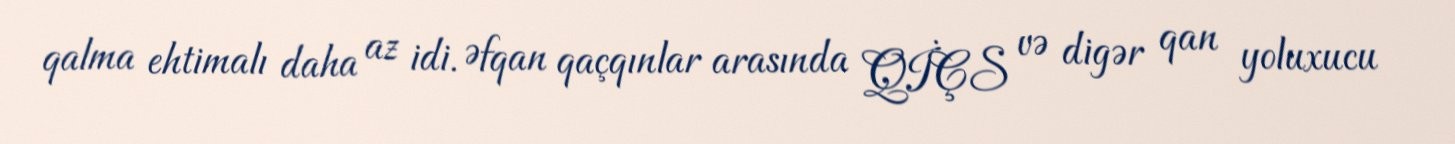
qalma ehtimalı daha az idi. Əfqan qaçqınlar arasında QİÇS və digər qan yoluxucu